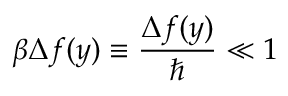
\beta \Delta f ( y ) \equiv \frac { \Delta f ( y ) } { \hbar } \ll 1